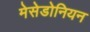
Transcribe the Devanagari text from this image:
मेसेडोनियन